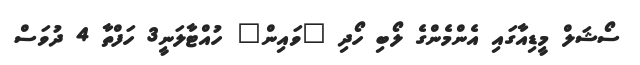
ސޯޝަލް މީޑިއާގައި އެންމެންގެ ލޯބި ހޯދި "ވައިން" ހުއްޓާލަނީ3 ހަފްތާ 4 ދުވަސް